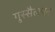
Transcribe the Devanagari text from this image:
गुस्सैलपन